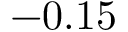
- 0 . 1 5